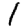
Digit: 1